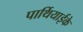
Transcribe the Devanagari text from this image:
पार्थियाईके